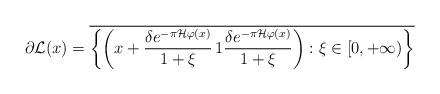
LaTeX: \begin{align*}\partial \mathcal{L}(x)&=\overline{\bigg\{\bigg(x+\frac{\delta e^{-\pi \mathcal{H}\varphi(x)}}{1+\xi}\,1\frac{\delta e^{-\pi \mathcal{H}\varphi(x)}}{1+\xi}\bigg):\xi\in[0,+\infty)\bigg\}}\end{align*}